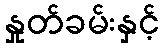
နှုတ်ခမ်းနှင့်